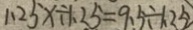
1 . 2 5 x \div 1 . 2 5 = 9 . 5 \div 1 . 2 5